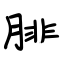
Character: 腓